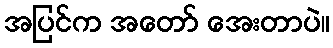
အပြင်က အတော် အေးတာပဲ။